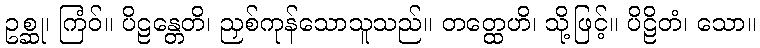
ဥစ္ဆု၊ ကြံဝ်။ ပိဠန္တေတိ၊ ညှစ်ကုန်သောသူသည်။ တတ္ထေဟိ၊ သို့ဖြင့်။ ပိဠိတံ၊ သော။